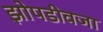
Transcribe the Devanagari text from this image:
झोपडीवजा